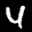
Label: 4